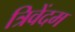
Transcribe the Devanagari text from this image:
त्रिवेंदम